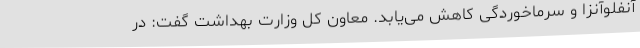
آنفلوآنزا و سرماخوردگی کاهش می‌یابد. معاون کل وزارت بهداشت گفت: در